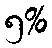
၅%